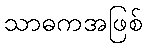
သာဓကအဖြစ်